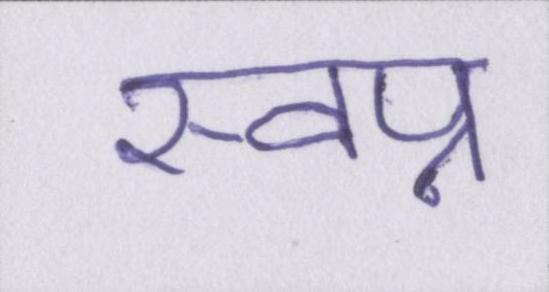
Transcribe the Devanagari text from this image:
स्वप्न